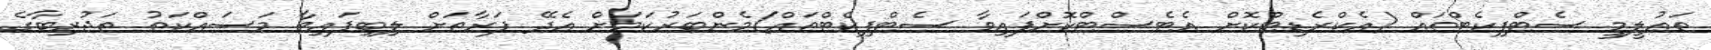
ތަޢުލީމީ ސެޓްފިކެޓްތައް (އެކްރެޑިޓްކޮށް އެޓެސްޓްކޮށްފައިވާ ސެޓްފިކެޓްތައް)މެންބަރުކަމަށް އެދޭ ފަރާތަށް ލިބިފައިވާ މަސައްކަތު ތަޖުރިބާގެ